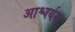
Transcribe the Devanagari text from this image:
आश्चर्यम्